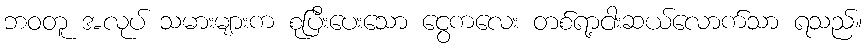
ဘဝတူ အလုပ် သမားများက စုပြီးပေးသော ငွေကလေး တစ်ရာ့ငါးဆယ်လောက်သာ ရသည်။